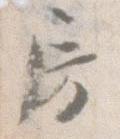
房